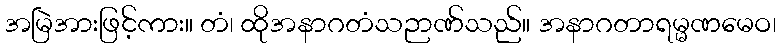
အမြဲအားဖြင့်ကား။ တံ၊ ထိုအနာဂတံသဉာဏ်သည်။ အနာဂတာရမ္မဏမေဝ၊